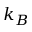
k _ { B }